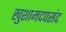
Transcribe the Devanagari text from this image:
खुशामदपसंद